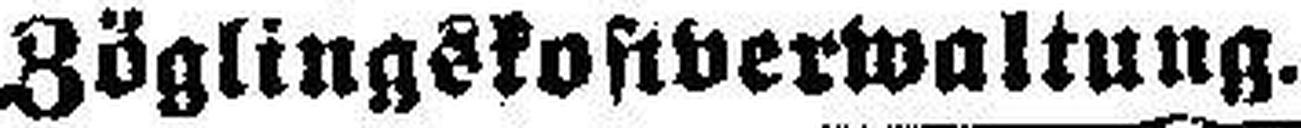
Zöglingskofiverwaltung.